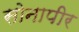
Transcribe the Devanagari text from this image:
सोनापीर